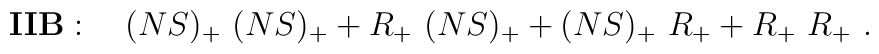
{\bf IIB}: \quad (NS)_+\ (NS)_+ + R_+ \ (NS)_+ + (NS)_+ \ R_+ + R_+\ R_+ \ .